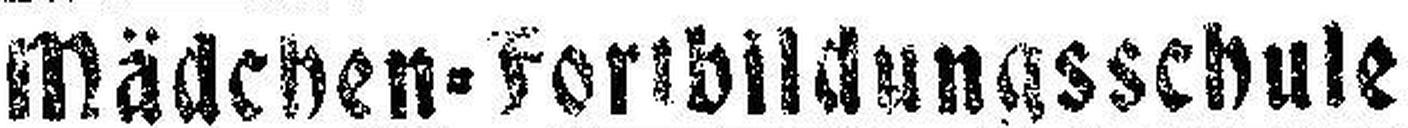
Mädchen=Fortbildungsschule